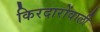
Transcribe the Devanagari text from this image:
किरदारोंवाली